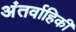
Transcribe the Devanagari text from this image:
अंतर्वाहिकी